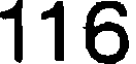
116